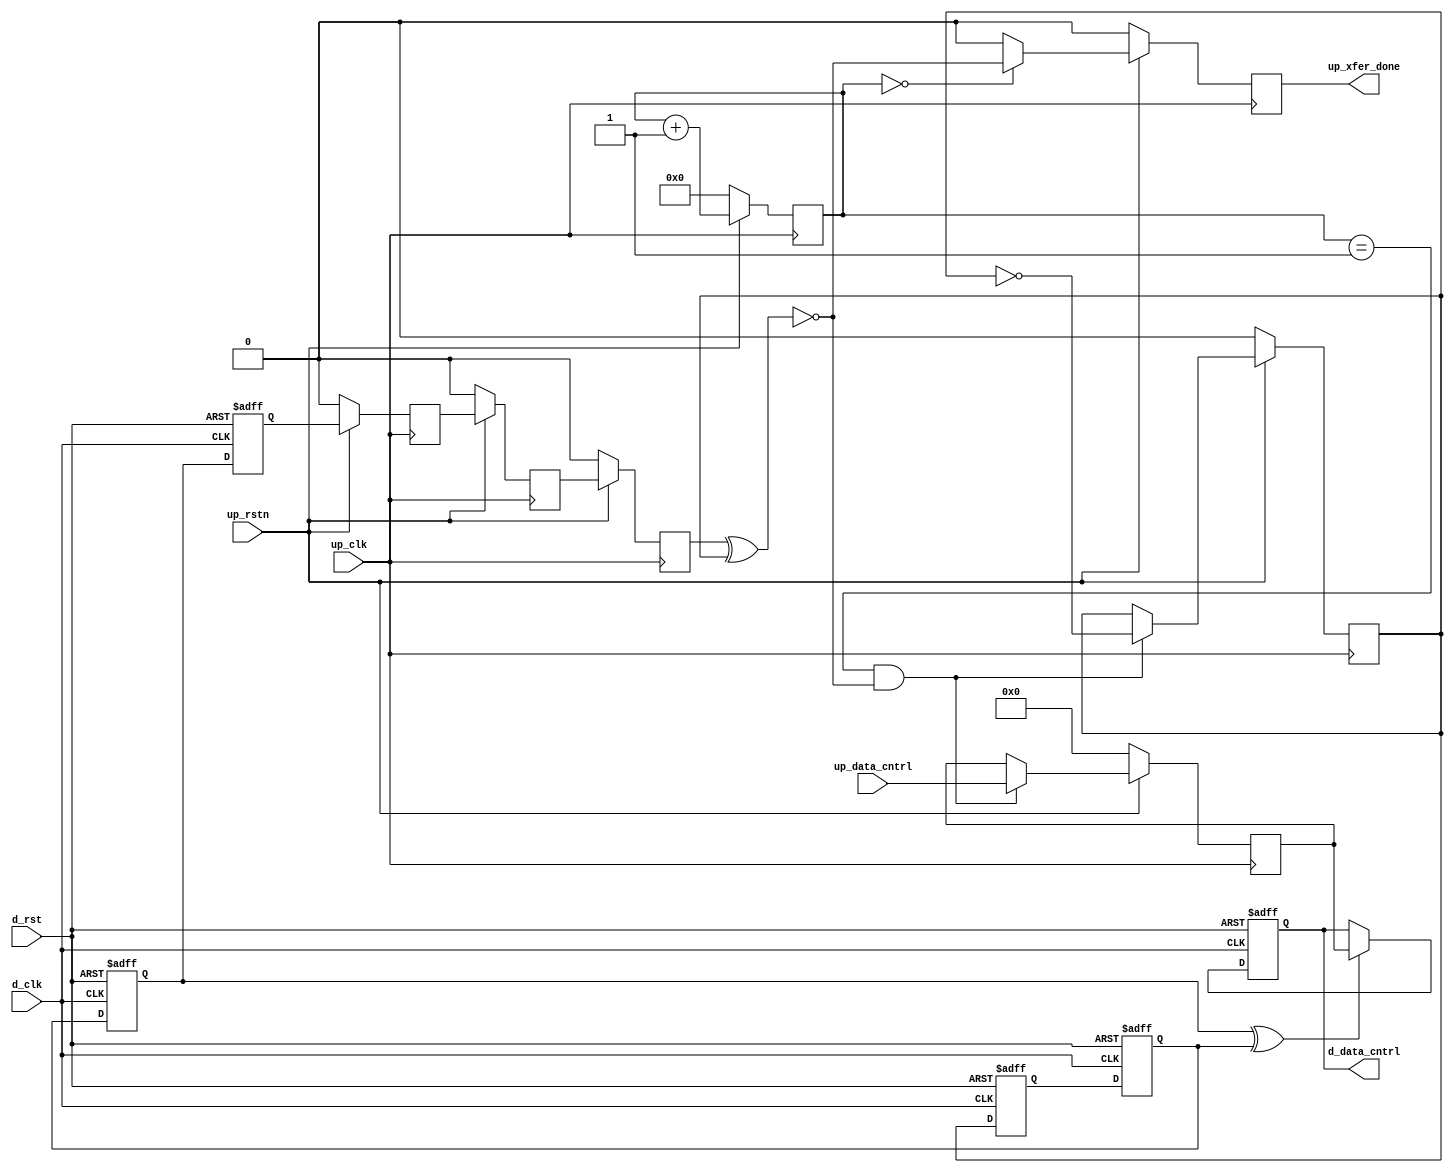
// ***************************************************************************
// ***************************************************************************
// Copyright (C) 2014-2023 Analog Devices, Inc. All rights reserved.
//
// In this HDL repository, there are many different and unique modules, consisting
// of various HDL (Verilog or VHDL) components. The individual modules are
// developed independently, and may be accompanied by separate and unique license
// terms.
//
// The user should read each of these license terms, and understand the
// freedoms and responsibilities that he or she has by using this source/core.
//
// This core is distributed in the hope that it will be useful, but WITHOUT ANY
// WARRANTY; without even the implied warranty of MERCHANTABILITY or FITNESS FOR
// A PARTICULAR PURPOSE.
//
// Redistribution and use of source or resulting binaries, with or without modification
// of this file, are permitted under one of the following two license terms:
//
//   1. The GNU General Public License version 2 as published by the
//      Free Software Foundation, which can be found in the top level directory
//      of this repository (LICENSE_GPL2), and also online at:
//      <https://www.gnu.org/licenses/old-licenses/gpl-2.0.html>
//
// OR
//
//   2. An ADI specific BSD license, which can be found in the top level directory
//      of this repository (LICENSE_ADIBSD), and also on-line at:
//      https://github.com/analogdevicesinc/hdl/blob/main/LICENSE_ADIBSD
//      This will allow to generate bit files and not release the source code,
//      as long as it attaches to an ADI device.
//
// ***************************************************************************
// ***************************************************************************

`timescale 1ns/100ps

module up_xfer_cntrl #(

  parameter     DATA_WIDTH = 8
) (

  // up interface

  input                       up_rstn,
  input                       up_clk,
  input   [(DATA_WIDTH-1):0]  up_data_cntrl,
  output                      up_xfer_done,

  // device interface

  input                       d_rst,
  input                       d_clk,
  output  [(DATA_WIDTH-1):0]  d_data_cntrl
);

  // internal registers

  reg                         up_xfer_state_m1 = 'd0;
  reg                         up_xfer_state_m2 = 'd0;
  reg                         up_xfer_state = 'd0;
  reg     [ 5:0]              up_xfer_count = 'd0;
  reg                         up_xfer_done_int = 'd0;
  reg                         up_xfer_toggle = 'd0;
  reg     [(DATA_WIDTH-1):0]  up_xfer_data = 'd0;
  reg                         d_xfer_toggle_m1 = 'd0;
  reg                         d_xfer_toggle_m2 = 'd0;
  reg                         d_xfer_toggle_m3 = 'd0;
  reg                         d_xfer_toggle = 'd0;
  reg     [(DATA_WIDTH-1):0]  d_data_cntrl_int = 'd0;

  // internal signals

  wire                        up_xfer_enable_s;
  wire                        d_xfer_toggle_s;

  // device control transfer

  assign up_xfer_done = up_xfer_done_int;
  assign up_xfer_enable_s = up_xfer_state ^ up_xfer_toggle;

  always @(posedge up_clk) begin
    if (up_rstn == 1'b0) begin
      up_xfer_state_m1 <= 'd0;
      up_xfer_state_m2 <= 'd0;
      up_xfer_state <= 'd0;
      up_xfer_count <= 'd0;
      up_xfer_done_int <= 'd0;
      up_xfer_toggle <= 'd0;
      up_xfer_data <= 'd0;
    end else begin
      up_xfer_state_m1 <= d_xfer_toggle;
      up_xfer_state_m2 <= up_xfer_state_m1;
      up_xfer_state <= up_xfer_state_m2;
      up_xfer_count <= up_xfer_count + 1'd1;
      up_xfer_done_int <= (up_xfer_count == 6'd0) ? ~up_xfer_enable_s : 1'b0;
      if ((up_xfer_count == 6'd1) && (up_xfer_enable_s == 1'b0)) begin
        up_xfer_toggle <= ~up_xfer_toggle;
        up_xfer_data <= up_data_cntrl;
      end
    end
  end

  assign d_data_cntrl = d_data_cntrl_int;
  assign d_xfer_toggle_s = d_xfer_toggle_m3 ^ d_xfer_toggle_m2;

  always @(posedge d_clk or posedge d_rst) begin
    if (d_rst == 1'b1) begin
      d_xfer_toggle_m1 <= 'd0;
      d_xfer_toggle_m2 <= 'd0;
      d_xfer_toggle_m3 <= 'd0;
      d_xfer_toggle <= 'd0;
      d_data_cntrl_int <= 'd0;
    end else begin
      d_xfer_toggle_m1 <= up_xfer_toggle;
      d_xfer_toggle_m2 <= d_xfer_toggle_m1;
      d_xfer_toggle_m3 <= d_xfer_toggle_m2;
      d_xfer_toggle <= d_xfer_toggle_m3;
      if (d_xfer_toggle_s == 1'b1) begin
        d_data_cntrl_int <= up_xfer_data;
      end
    end
  end

endmodule